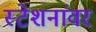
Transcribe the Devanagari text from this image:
स्टेशनांवर